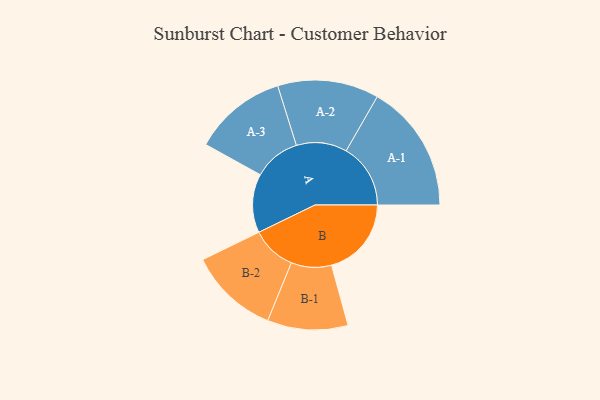
{"axis": {"x": "Segment", "y": "Value"}, "legend": ["", "A", "B"], "data": [{"x": "A", "y": 273, "type": ""}, {"x": "B", "y": 371, "type": ""}, {"x": "A-1", "y": 299, "type": "A"}, {"x": "A-2", "y": 235, "type": "A"}, {"x": "A-3", "y": 217, "type": "A"}, {"x": "B-1", "y": 187, "type": "B"}, {"x": "B-2", "y": 208, "type": "B"}]}